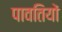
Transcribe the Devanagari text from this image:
पावतियों